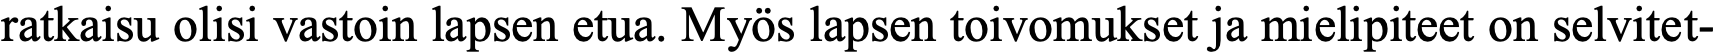
ratkaisu olisi vastoin lapsen etua. Myös lapsen toivomukset ja mielipiteet on selvitet-